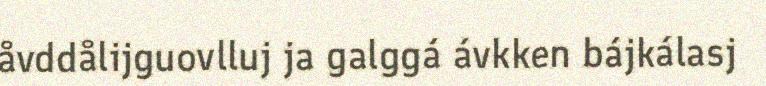
åvddålijguovlluj ja galggá ávkken bájkálasj